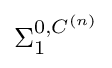
\Sigma _{1}^{0,C^{(n)}}